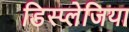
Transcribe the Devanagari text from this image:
डिस्प्लेजिया